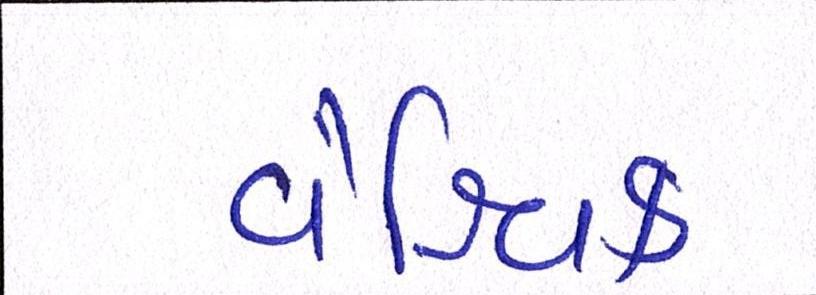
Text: વૈશ્વિક